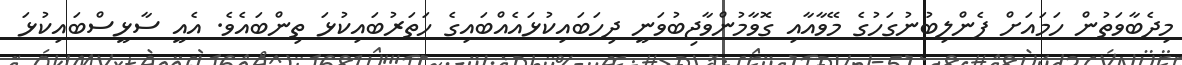
މިދެބާވަތުން ހަމައަށް ފެންލިބުނުގަހުގެ މޭވާއާއި ގޮވާމުންވާޖިބުވަނީ ދިހަބައިކުޅައެއްބައިގެ ހަތަރުބައިކުޅަ ތިންބައެވެ. އެއީ ސާޅީސްބައިކުޅަ